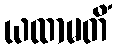
ယထာမတိံ